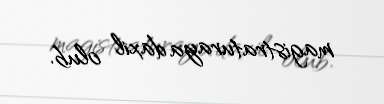
magistraturaya daxil olub.